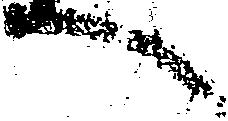
へ